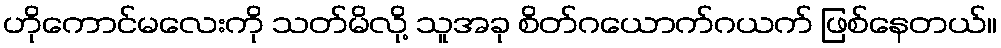
ဟိုကောင်မလေးကို သတ်မိလို့ သူအခု စိတ်ဂယောက်ဂယက် ဖြစ်နေတယ်။